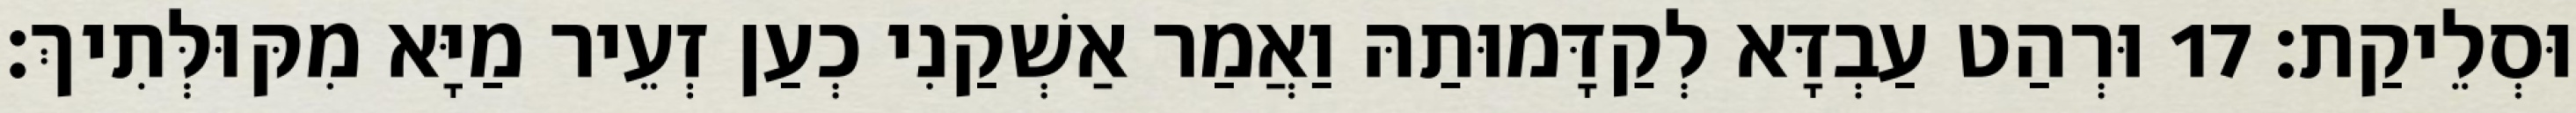
וּסְלֵיקַת׃ 17 וּרְהַט עַבְדָּא לְקַדָּמוּתַהּ וַאֲמַר אַשְׁקַנִי כְעַן זְעֵיר מַיָּא מִקּוּלְּתִיךְ׃